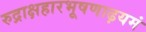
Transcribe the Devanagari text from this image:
रुद्राक्षहारभूषणाढ़यमं